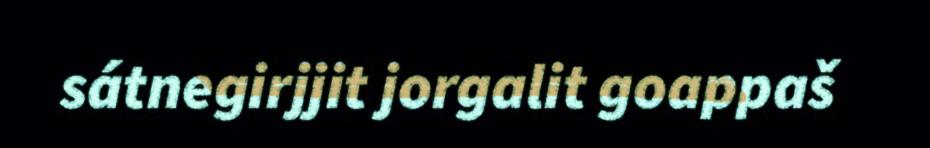
sátnegirjjit jorgalit goappaš